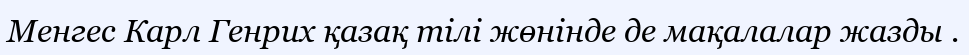
Менгес Карл Генрих қазақ тілі жөнінде де мақалалар жазды .